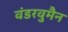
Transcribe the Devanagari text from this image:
वंडरवुमैन